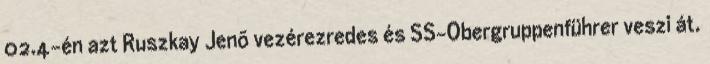
02.4-én azt Ruszkay Jenõ vezérezredes és SS-Obergruppenführer veszi át.